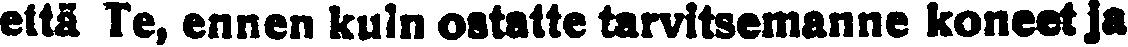
että Te, ennen kuin ostatte tarwitsemanne koneet ja